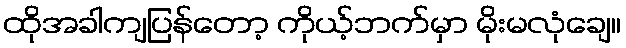
ထိုအခါကျပြန်တော့ ကိုယ့်ဘက်မှာ မိုးမလုံချေ။